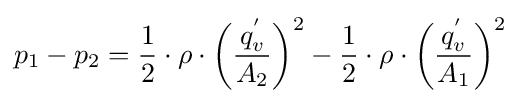
p_{1}-p_{2}={\frac {1}{2}}\cdot \rho \cdot {\bigg (}{\frac {q_{v}^{'}}{A_{2}}}{\bigg )}^{2}-{\frac {1}{2}}\cdot \rho \cdot {\bigg (}{\frac {q_{v}^{'}}{A_{1}}}{\bigg )}^{2}